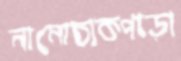
নামোচাকপাড়া